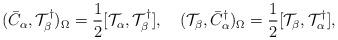
LaTeX: \begin{align*}(\bar{C}_\alpha,{\cal T}^\dagger_\beta)_\Omega=\frac{1}{2}[{\cal T}_\alpha,{\cal T}^\dagger_\beta],\quad({\cal T}_\beta,\bar{C}^\dagger_\alpha)_\Omega=\frac{1}{2}[{\cal T}_\beta,{\cal T}^\dagger_\alpha],\end{align*}